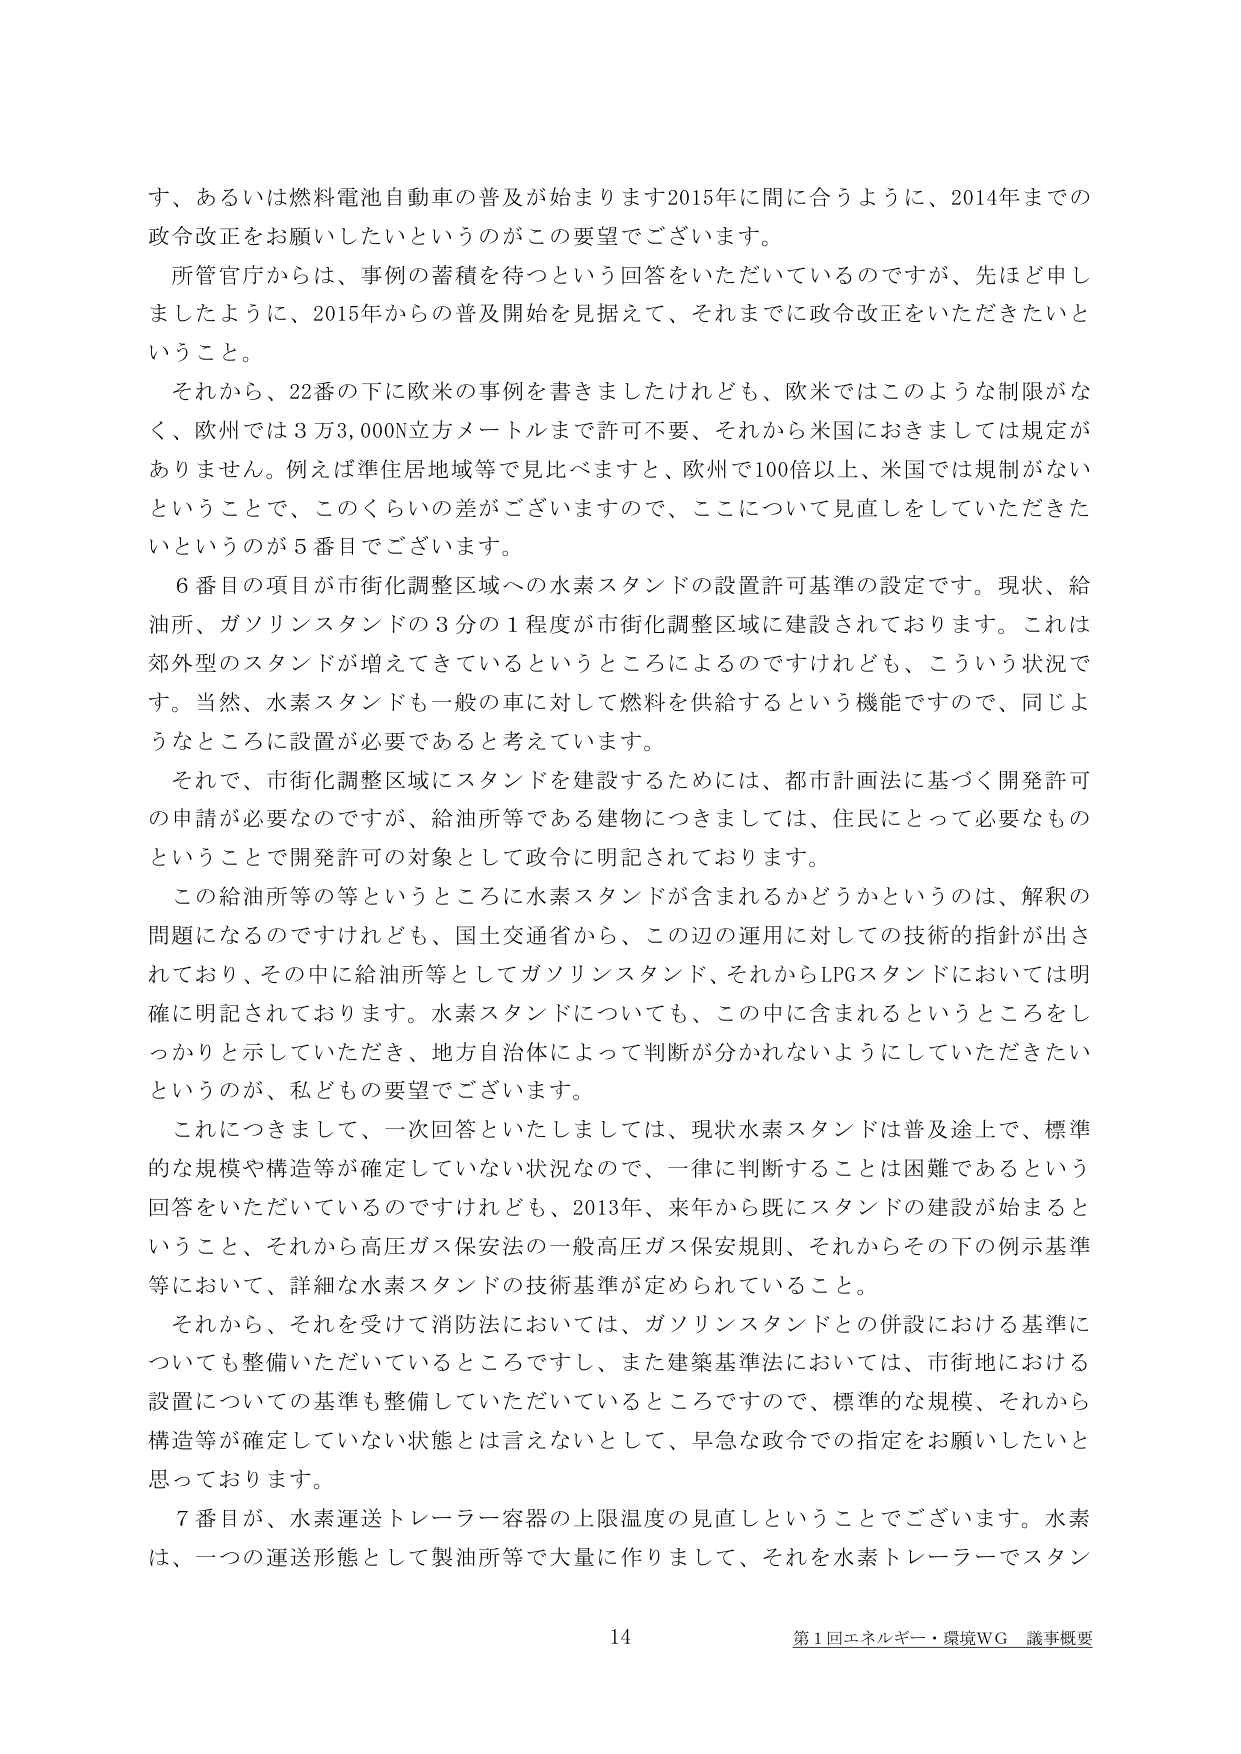
す、あるいは燃料電池自動車の普及が始まります2015年に間に合うように、2014年までの政令改正をお願いしたいというのがこの要望でございます。

所管官庁からは、事例の蓄積を待つという回答をいただいているのですが、先ほど申しましたように、2015年からの普及開始を見据えて、それまでに政令改正をいただきたいということ。

それから、22番の下に欧米の事例を書きましたけれども、欧米ではこのような制限がなく、欧州では3万3,000N立方メートルまで許可不要、それから米国におきましては規定がありません。例えば準住居地域等で見比べますと、欧州で100倍以上、米国では規制がないということで、このくらいの差がございますので、ここについて見直をしていただきたいというのが5番目でございます。

6番目の項目が市街化調整区域への水素スタンドの設置許可基準の設定です。現状、給油所、ガソリンスタンドの3分の1程度が市街化調整区域に建設されております。これは郊外型のスタンドが増えているというところによるのですけれども、こういう状況です。当然、水素スタンドも一般の車に対して燃料を供給するという機能ですので、同じようなところに設置が必要であると考えています。

それで、市街化調整区域にスタンドを建設するためには、都市計画法に基づく開発許可の申請が必要なのですが、給油所等である建物につきましては、住民にとって必要なものということで開発許可の対象として政令に明記されております。

この給油所等の等というところに水素スタンドが含まれるかどうかというのは、解釈の問題になるのですけれども、国土交通省から、この辺の運用に対しての技術的指針が出されており、その中に給油所等としてガソリンスタンド、それからLPGスタンドにおいては明確に明記されております。水素スタンドについても、この中に含まれるというところをしっかり示していただき、地方自治体によって判断が分かれないようにしていただきたいというのが、私どもの要望でございます。

これにつきまして、一次回答といたしましては、現状水素スタンドは普及途上で、標準的な規模や構造等が確定していない状況なので、一律に判断することは困難であるという回答をいただいているのですけれども、2013年、来年から既にスタンドの建設が始まるとということ、それから高圧ガス保安法の一般高圧ガス保安規則、それからその下の例示基準等において、詳細な水素スタンドの技術基準が定められていること。

それから、それを受けて消防法においては、ガソリンスタンドとの併設における基準についても整備いただいているところですし、また建築基準法においては、市街地における設置についての基準も整備していただいているところですので、標準的な規模、それから構造等が確定していない状態とは言えないとして、早急な政令での指定をお願いしたいと思っております。

7番目が、水素運送トレーラー容器の上限温度の見直しということでございます。水素は、一つの運送形態として製油所等で大量に作りまして、それを水素トレーラーでスタン

14
第1回エネルギー・環境WG 議事概要